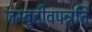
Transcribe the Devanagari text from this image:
जम्बुद्दीवपन्नति